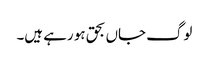
لوگ جاں بحق ہو رہے ہیں۔